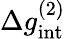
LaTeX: \Delta g_{\mathrm{int}}^{(2)}